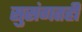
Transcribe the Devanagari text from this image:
सुसंगतही